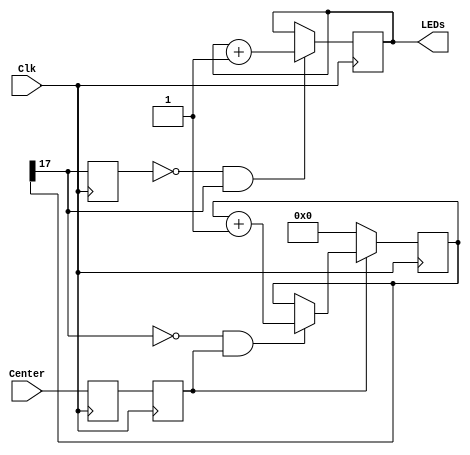
`timescale 1ns / 1ps
`default_nettype none

module withDebounce(LEDs, Center, Clk);

  // Instantiate 8 LEDs
  output reg [7:0] LEDs;

  // Instantiate Center (Big Knob) and Clk wire
  input wire Center, Clk;

  /*-this is a keyword we have not seen yet!*
   *-as the name implies, it is a parameter *
   * that can be changed at compile time... */
  parameter n = 18;

  // Instantiate intermediate wires
  wire notMsb, Rst, En, Debounced;
  reg Synchronizer0, Synchronized;

  // Instantiate n wires for Count
  reg [n-1:0] Count;

  reg edge_detect0;
  wire rising_edge;

  /********************************************/
  /* Debounce circuitry!!!                    */
  /********************************************/

  // Pass signal through Two Flip Flops
  always@(posedge Clk)
    begin
      Synchronizer0 <= Center;
      Synchronized <= Synchronizer0;
    end

  // Binary Counter
  always@(posedge Clk)
      if(Rst)
          Count <= 0;
      else if(En)
          Count <= Count + 1;

  // notMsb is NOT of most significant bit of Count
  assign notMsb = ~Count[n-1];
  // Enable is notMsb AND Synchronized
  assign En = notMsb & Synchronized;
  // Reset is NOT Synchronized
  assign Rst = ~Synchronized;
  // Debounced is most significant bit of Count
  assign Debounced = Count[n-1];

  /********************************************/
  /* End of Debounce circuitry!!!             */
  /********************************************/

  always@(posedge Clk)
      edge_detect0 <= Debounced;

  // Determine if it is  a rising edge
  assign rising_edge = ~edge_detect0 & Debounced;

  // If rising edgs, light up the next LEDs
  always@(posedge Clk)
      if(rising_edge)
          LEDs <= LEDs + 1;

endmodule